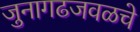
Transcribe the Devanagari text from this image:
जुनागढजवळचे